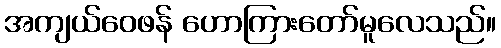
အကျယ်ဝေဖန် ဟောကြားတော်မူလေသည်။